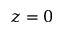
z = 0